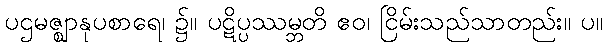
ပဌမဇ္ဈာနုပစာရေ၊ ၌။ ပဋိပ္ပဿမ္ဘတိ ဧဝ၊ ငြိမ်းသည်သာတည်း။ ပ။